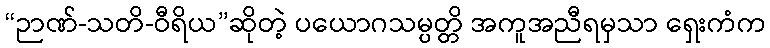
“ဉာဏ်-သတိ-ဝီရိယ”ဆိုတဲ့ ပယောဂသမ္ပတ္တိ အကူအညီရမှသာ ရှေးကံက